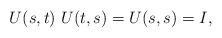
LaTeX: \begin{align*} U(s,t) ~ U(t,s) = U(s,s) = I,\end{align*}